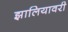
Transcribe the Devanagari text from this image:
झालियावरी